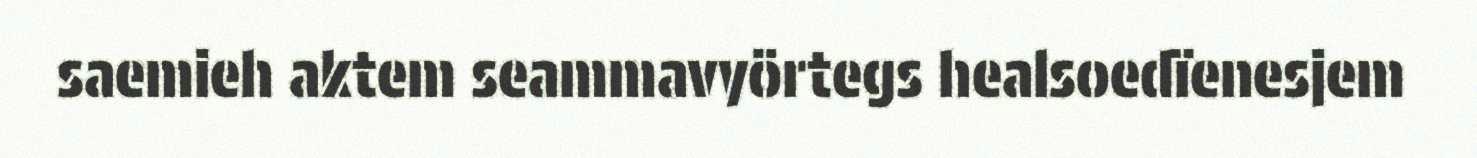
saemieh aktem seammavyörtegs healsoedïenesjem